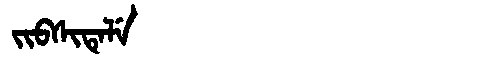
Manchu: ᠵᡳᠪᠰᡳᡨᡝᠯᡝ
Romanization: JIBSITELE